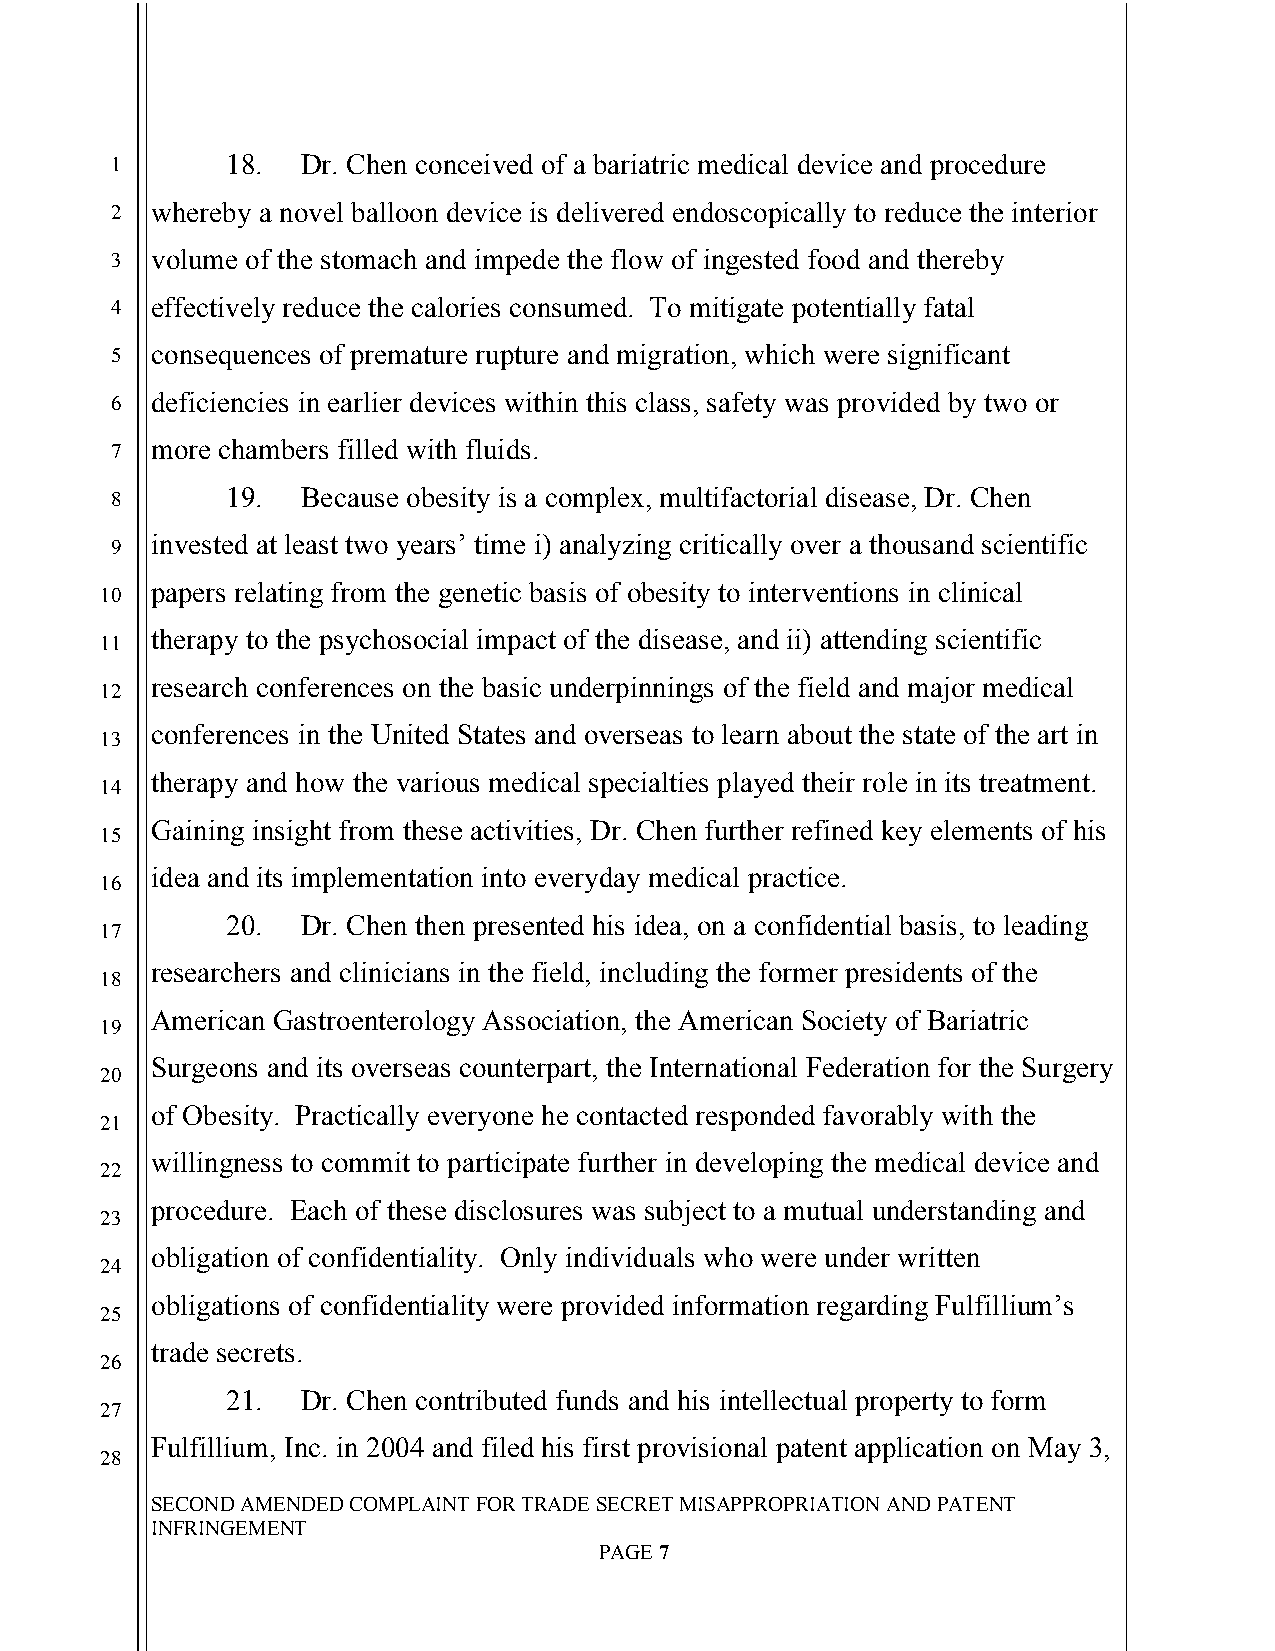
`
 1       18.  Dr. Chen conceived of a bariatric medical device and procedure
 2  whereby a novel balloon device is delivered endoscopically to reduce the interior
 3  volume of the stomach and impede the flow of ingested food and thereby
 4  effectively reduce the calories consumed. To mitigate potentially fatal
 5  consequences of premature rupture and migration, which were significant
 6  deficiencies in earlier devices within this class, safety was provided by two or
 7  more chambers filled with fluids.
 8       19.  Because obesity is a complex, multifactorial disease, Dr. Chen
 invested at least two years’ time i) analyzing critically over a thousand scientific
 9
 papers relating from the genetic basis of obesity to interventions in clinical
 10
 therapy to the psychosocial impact of the disease, and ii) attending scientific
 11
 research conferences on the basic underpinnings of the field and major medical
 12
 conferences in the United States and overseas to learn about the state of the art in
 13
 therapy and how the various medical specialties played their role in its treatment.
 14
 Gaining insight from these activities, Dr. Chen further refined key elements of his
 15
 idea and its implementation into everyday medical practice.
 16
 20.  Dr. Chen then presented his idea, on a confidential basis, to leading
 17
 researchers and clinicians in the field, including the former presidents of the
 18
 American Gastroenterology Association, the American Society of Bariatric
 19
 Surgeons and its overseas counterpart, the International Federation for the Surgery
 20
 of Obesity. Practically everyone he contacted responded favorably with the
 21
 willingness to commit to participate further in developing the medical device and
 22
 procedure. Each of these disclosures was subject to a mutual understanding and
 23
 obligation of confidentiality. Only individuals who were under written
 24
 obligations of confidentiality were provided information regarding Fulfillium’s
 25
 trade secrets.
 26
 21.  Dr. Chen contributed funds and his intellectual property to form
 27
 Fulfillium, Inc. in 2004 and filed his first provisional patent application on May 3,
 28
 SECOND AMENDED COMPLAINT FOR TRADE SECRET MISAPPROPRIATION AND PATENT
 INFRINGEMENT
 PAGE 7